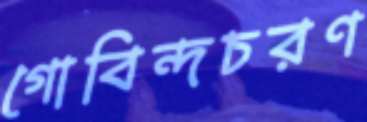
গোবিন্দচরণ